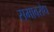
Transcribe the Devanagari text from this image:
समावरोध